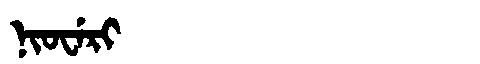
Manchu: ᠨᡳᠣᠸᡝᡵᡳ
Romanization: NIOWERI